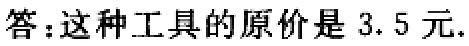
答：这种工具的原价是 3.5 元.